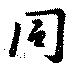
同